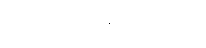
အောင်မြင်ကျော်ကြား